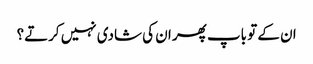
ان کے تو باپ پھر ان کی شادی نہیں کرتے؟